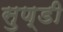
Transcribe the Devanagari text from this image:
सुण्डी